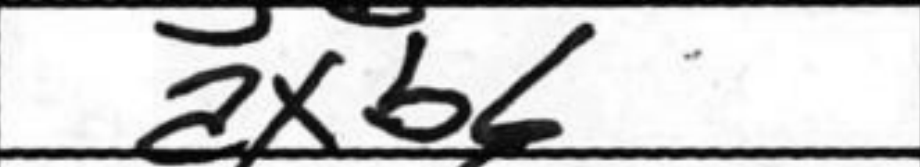
Transcription: axb6